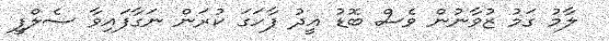
ލާމު ގަމު ޒުވާނުން ވެސް ބޮޑު އީދު ފާހަގަ ކުރަން ނަގާފައިވާ ސެލްފީ